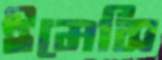
ইমেসি